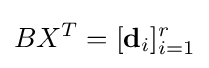
BX^{T}=[\mathbf {d} _{i}]_{i=1}^{r}